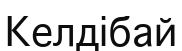
Келдібай